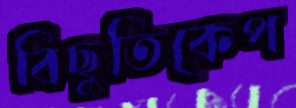
বিছুতিকেপ